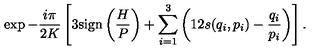
\exp - \frac { i \pi } { 2 K } \left[ 3 \mathrm { s i g n } \left( \frac { H } { P } \right) + \sum _ { i = 1 } ^ { 3 } \left( 1 2 s ( q _ { i } , p _ { i } ) - \frac { q _ { i } } { p _ { i } } \right) \right] .